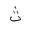
Letter: _tha